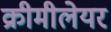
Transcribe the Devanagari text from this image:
क्रीमीलेयर